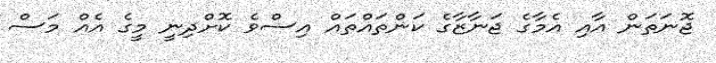
ޖޮނަތަން އާއި އެމާގެ ޖަނާޒާގެ ކަންތައްތައް އިސްވެ ކޮށްދިނީ މީގެ އެއް މަސް